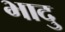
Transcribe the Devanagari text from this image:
भादु